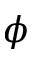
\boldsymbol \phi